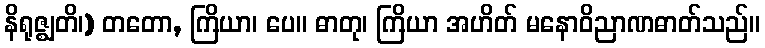
နိရုဇ္ဈတိ၊) တတော, ကြိယာ၊ ပေ။ ဓာတု၊ ကြိယာ အဟိတ် မနောဝိညာဏဓာတ်သည်။